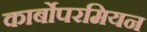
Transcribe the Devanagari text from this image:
कार्बोपरमियन